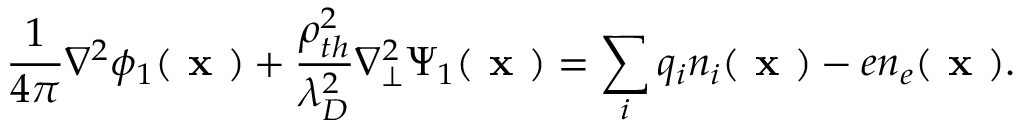
\frac { 1 } { 4 \pi } \nabla ^ { 2 } \phi _ { 1 } ( \textbf { x } ) + \frac { \rho _ { t h } ^ { 2 } } { \lambda _ { D } ^ { 2 } } \nabla _ { \perp } ^ { 2 } \Psi _ { 1 } ( \textbf { x } ) = \sum _ { i } q _ { i } n _ { i } ( \textbf { x } ) - e n _ { e } ( \textbf { x } ) .